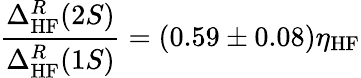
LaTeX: \frac{\Delta_{\mathrm{HF}}^{R}(2S)}{\Delta_{\mathrm{HF}}^{R}(1S)}=(0.59\pm 0.08)\eta_{\mathrm{HF}}